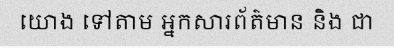
យោង ទៅតាម អ្នកសារព័ត៌មាន និង ជា